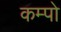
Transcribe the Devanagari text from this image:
कम्पो